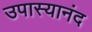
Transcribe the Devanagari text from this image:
उपास्यानंद